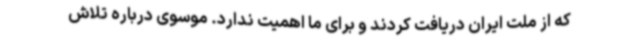
که از ملت ایران دریافت کردند و برای ما اهمیت ندارد. موسوی درباره تلاش